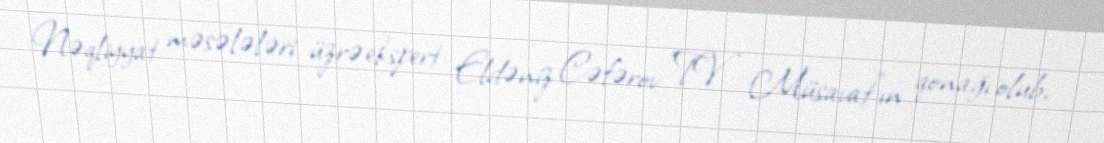
Nəqliyyat məsələləri üzrə ekspert Eldəniz Cəfərov "TV Müsavat"ın qonağı olub,